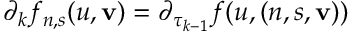
\partial _ { k } f _ { n , s } ( u , \mathbf { v } ) = \partial _ { \tau _ { k - 1 } } f ( u , ( n , s , \mathbf { v } ) )